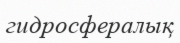
гидросфералық